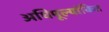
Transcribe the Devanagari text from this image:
अधिमूल्यांकित